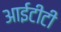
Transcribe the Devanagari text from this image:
आईटीटी